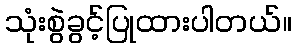
သုံးစွဲခွင့်ပြုထားပါတယ်။